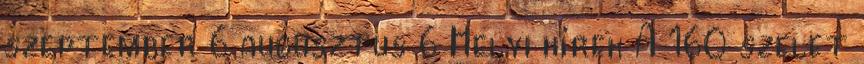
szeptember 6 augusztus 6 Helyi hírek A 160 szelet